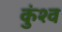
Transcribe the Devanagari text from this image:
कुंश्व